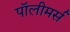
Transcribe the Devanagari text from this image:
पॉलीमर्स